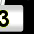
Digit: 3